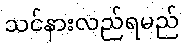
သင်နားလည်ရမည်